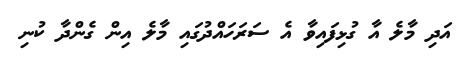
އަދި މާލެ އާ ގުޅިފައިވާ އެ ސަރަހައްދުގައި މާލެ އިން ގެންދާ ކުނި